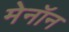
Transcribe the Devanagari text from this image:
मेनॉन